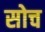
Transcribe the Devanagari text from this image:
सोच